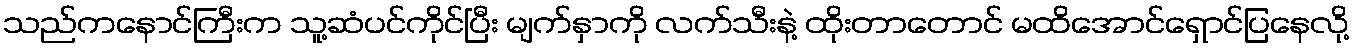
သည်ကနောင်ကြီးက သူ့ဆံပင်ကိုင်ပြီး မျက်နှာကို လက်သီးနဲ့ ထိုးတာတောင် မထိအောင်ရှောင်ပြနေလို့